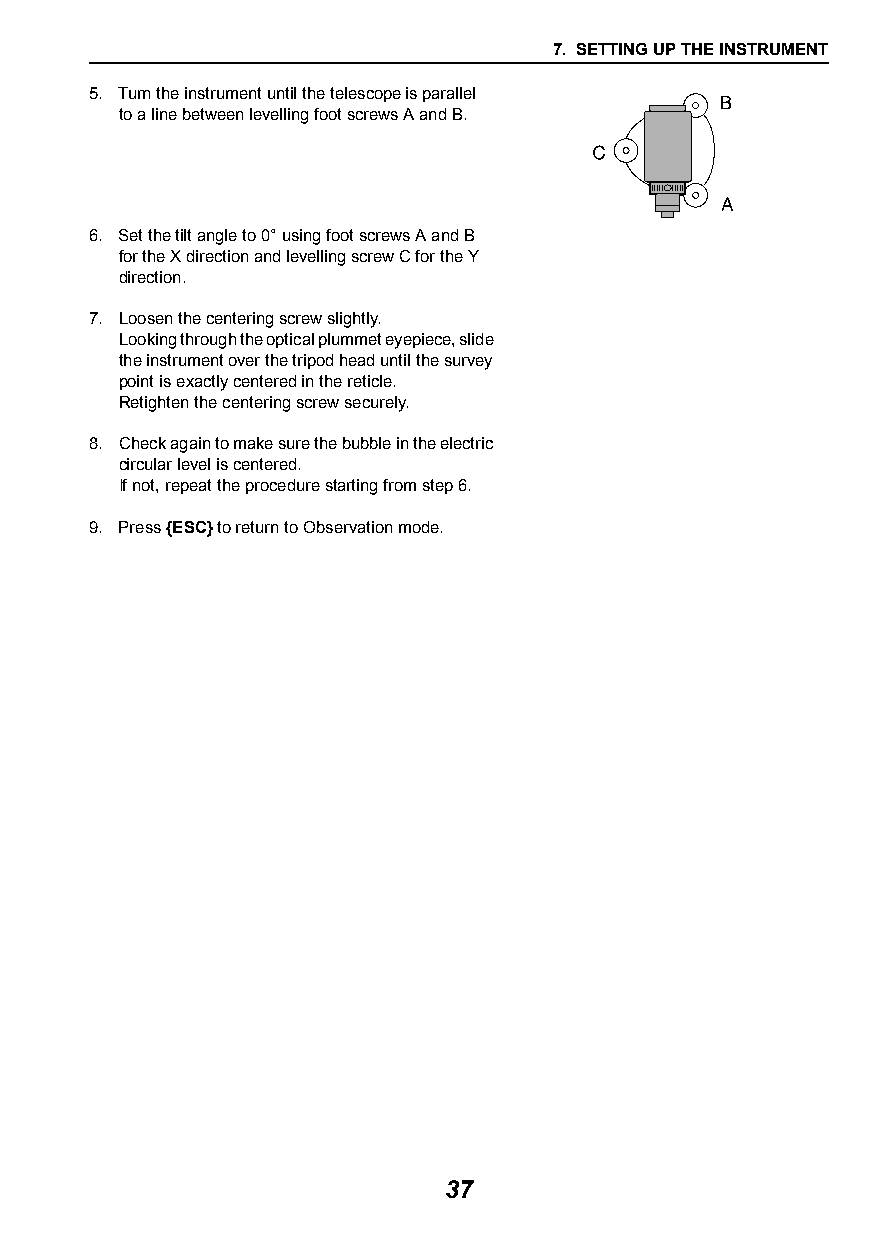
7. SETTING UP THE INSTRUMENT
 5. Turn the instrument until the telescope is parallel
 to a line between levelling foot screws A and B.
 6. Set the tilt angle to 0° using foot screws A and B
 for the X direction and levelling screw C for the Y
 direction.
 7. Loosen the centering screw slightly.
 Looking through the optical plummet eyepiece, slide
 the instrument over the tripod head until the survey
 point is exactly centered in the reticle.
 Retighten the centering screw securely.
 8. Check again to make sure the bubble in the electric
 circular level is centered.
 If not, repeat the procedure starting from step 6.
 9. Press {ESC} to return to Observation mode.
 37